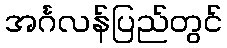
အင်္ဂလန်ပြည်တွင်